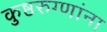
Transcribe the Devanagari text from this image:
कुष्ठरुग्णांना